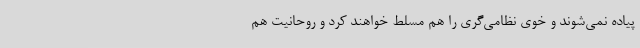
پیاده نمی‌شوند و خوی نظامی‌گری را هم مسلط خواهند کرد و روحانیت هم